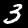
Label: 3